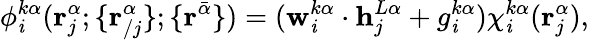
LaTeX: \phi_{\mathit{i}}^{k\alpha}(\mathbf{{r}}_{j}^{\alpha};\{ \mathbf{{r}}_{/j}^{\alpha}\} ;\{ \mathbf{{r}}^{\bar{{\alpha}}}\} )=(\mathbf{{w}}_{\mathit{i}}^{k\alpha}\cdot\mathbf{{h}}_{j}^{L\alpha}+g_{\mathit{i}}^{k\alpha})\chi_{\mathit{i}}^{k\alpha}(\mathbf{{r}}_{j}^{\alpha}),